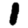
Digit: 1